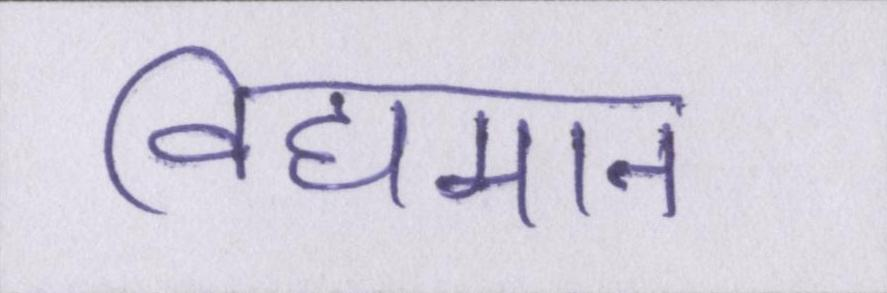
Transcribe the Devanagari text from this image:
विद्यमान